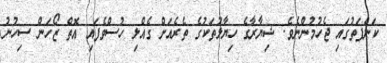
ކަންފަތުގައި ޖެހުމުންނެވެ. ޝިޔާރާގެ ހިޔާލުތަކުގެ ތެރެއަށް ގެއްލި ހުސްވެފައި އޮތް ޒޯހަން ސިހުނު